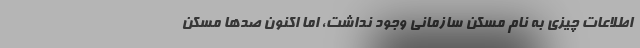
اطلاعات چیزی به نام مسکن سازمانی وجود نداشت، اما اکنون صد‌ها مسکن